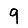
Digit: 9